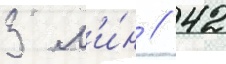
3 м'и́н // 42